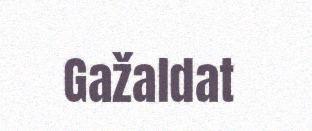
Gažaldat